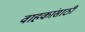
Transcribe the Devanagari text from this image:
वाहकांसाठी